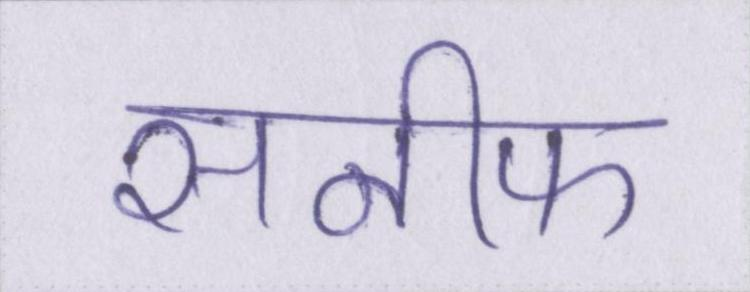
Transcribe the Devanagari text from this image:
सनीफ